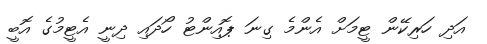
އަދި ހަރިކޭން ޓީމަށް އެންމެ ގިނަ ޕޮއިންޓު ހޯދައި ދިނީ އެޓީމުގެ އޮބީ